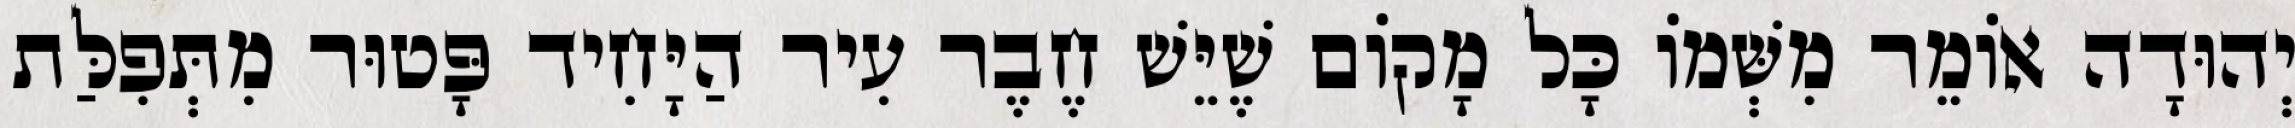
יְהוּדָה אוֹמֵר מִשְּׁמוֹ כָּל מָקוֹם שֶׁיֵּשׁ חֶבֶר עִיר הַיָּחִיד פָּטוּר מִתְּפִלַּת